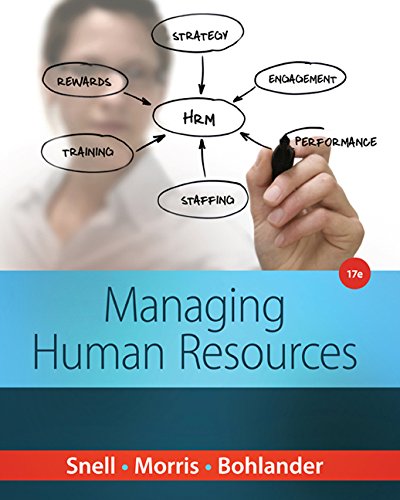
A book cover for Managing Human Resources; Scott A. Snell; Business & Money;